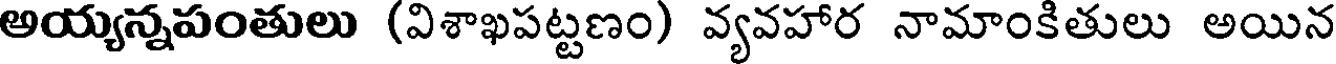
అయ్యన్నపంతులు (విశాఖపట్టణం) వ్యవహార నామాంకితులు అయిన